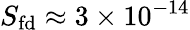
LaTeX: S_{\mathrm{fd}}\approx 3\times 10^{-14}